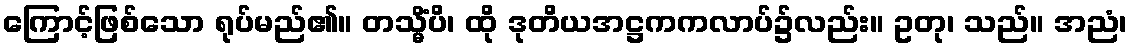
ကြောင့်ဖြစ်သော ရုပ်မည်၏။ တသ္မိံပိ၊ ထို ဒုတိယအဋ္ဌကကလာပ်၌လည်း။ ဥတု၊ သည်။ အညံ၊